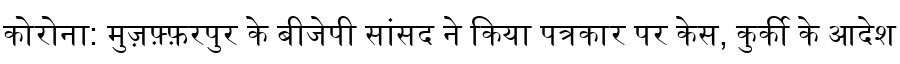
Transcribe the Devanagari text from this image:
कोरोना: मुज़फ़्फ़रपुर के बीजेपी सांसद ने किया पत्रकार पर केस, कुर्की के आदेश